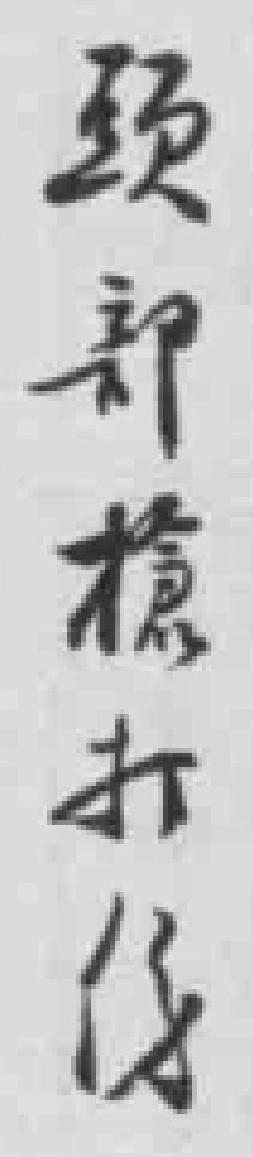
頭部槍打伤